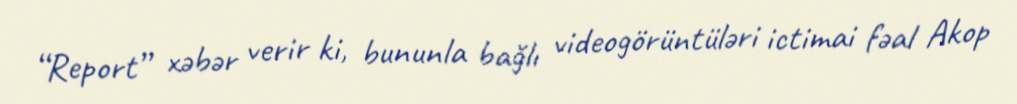
“Report” xəbər verir ki, bununla bağlı videogörüntüləri ictimai fəal Akop